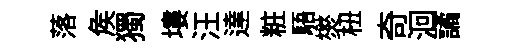
落矦獨塿汪達粧䮏爕杻奇洄譎